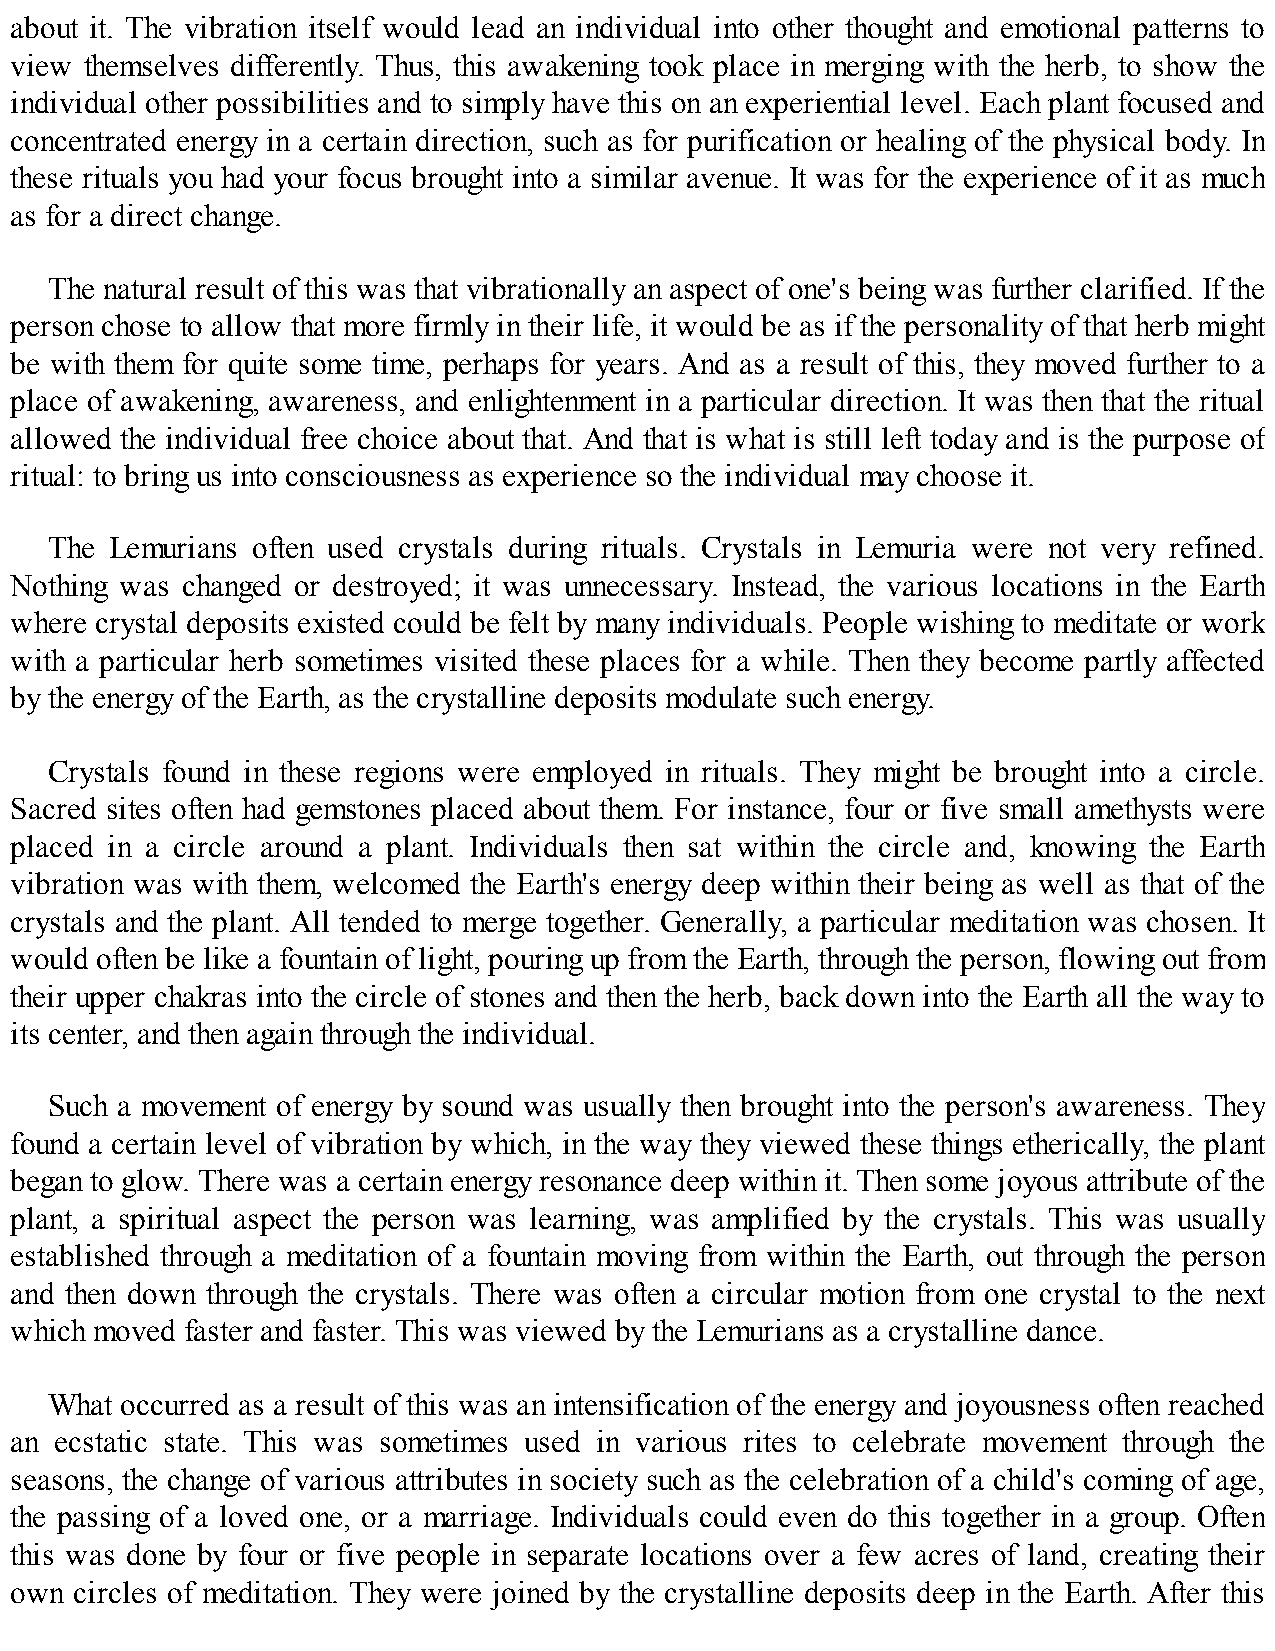
about it. The vibration itself would lead an individual into other thought and emotional patterns to
 view themselves differently. Thus, this awakening took place in merging with the herb, to show the
 individual other possibilities and to simply have this on an experiential level. Each plant focused and
 concentrated energy in a certain direction, such as for purification or healing of the physical body. In
 these rituals you had your focus brought into a similar avenue. It was for the experience of it as much
 as for a direct change.
 The natural result of this was that vibrationally an aspect of one's being was further clarified. If the
 person chose to allow that more firmly in their life, it would be as if the personality of that herb might
 be with them for quite some time, perhaps for years. And as a result of this, they moved further to a
 place of awakening, awareness, and enlightenment in a particular direction. It was then that the ritual
 allowed the individual free choice about that. And that is what is still left today and is the purpose of
 ritual: to bring us into consciousness as experience so the individual may choose it.
 The Lemurians often used crystals during rituals. Crystals in Lemuria were not very refined.
 Nothing was changed or destroyed; it was unnecessary. Instead, the various locations in the Earth
 where crystal deposits existed could be felt by many individuals. People wishing to meditate or work
 with a particular herb sometimes visited these places for a while. Then they become partly affected
 by the energy of the Earth, as the crystalline deposits modulate such energy.
 Crystals found in these regions were employed in rituals. They might be brought into a circle.
 Sacred sites often had gemstones placed about them. For instance, four or five small amethysts were
 placed in a circle around a plant. Individuals then sat within the circle and, knowing the Earth
 vibration was with them, welcomed the Earth's energy deep within their being as well as that of the
 crystals and the plant. All tended to merge together. Generally, a particular meditation was chosen. It
 would often be like a fountain of light, pouring up from the Earth, through the person, flowing out from
 their upper chakras into the circle of stones and then the herb, back down into the Earth all the way to
 its center, and then again through the individual.
 Such a movement of energy by sound was usually then brought into the person's awareness. They
 found a certain level of vibration by which, in the way they viewed these things etherically, the plant
 began to glow. There was a certain energy resonance deep within it. Then some joyous attribute of the
 plant, a spiritual aspect the person was learning, was amplified by the crystals. This was usually
 established through a meditation of a fountain moving from within the Earth, out through the person
 and then down through the crystals. There was often a circular motion from one crystal to the next
 which moved faster and faster. This was viewed by the Lemurians as a crystalline dance.
 What occurred as a result of this was an intensification of the energy and joyousness often reached
 an ecstatic state. This was sometimes used in various rites to celebrate movement through the
 seasons, the change of various attributes in society such as the celebration of a child's coming of age,
 the passing of a loved one, or a marriage. Individuals could even do this together in a group. Often
 this was done by four or five people in separate locations over a few acres of land, creating their
 own circles of meditation. They were joined by the crystalline deposits deep in the Earth. After this